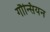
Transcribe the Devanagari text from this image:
गौन्सियन